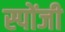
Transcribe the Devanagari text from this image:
स्पोंजी